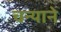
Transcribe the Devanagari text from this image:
चन्याने